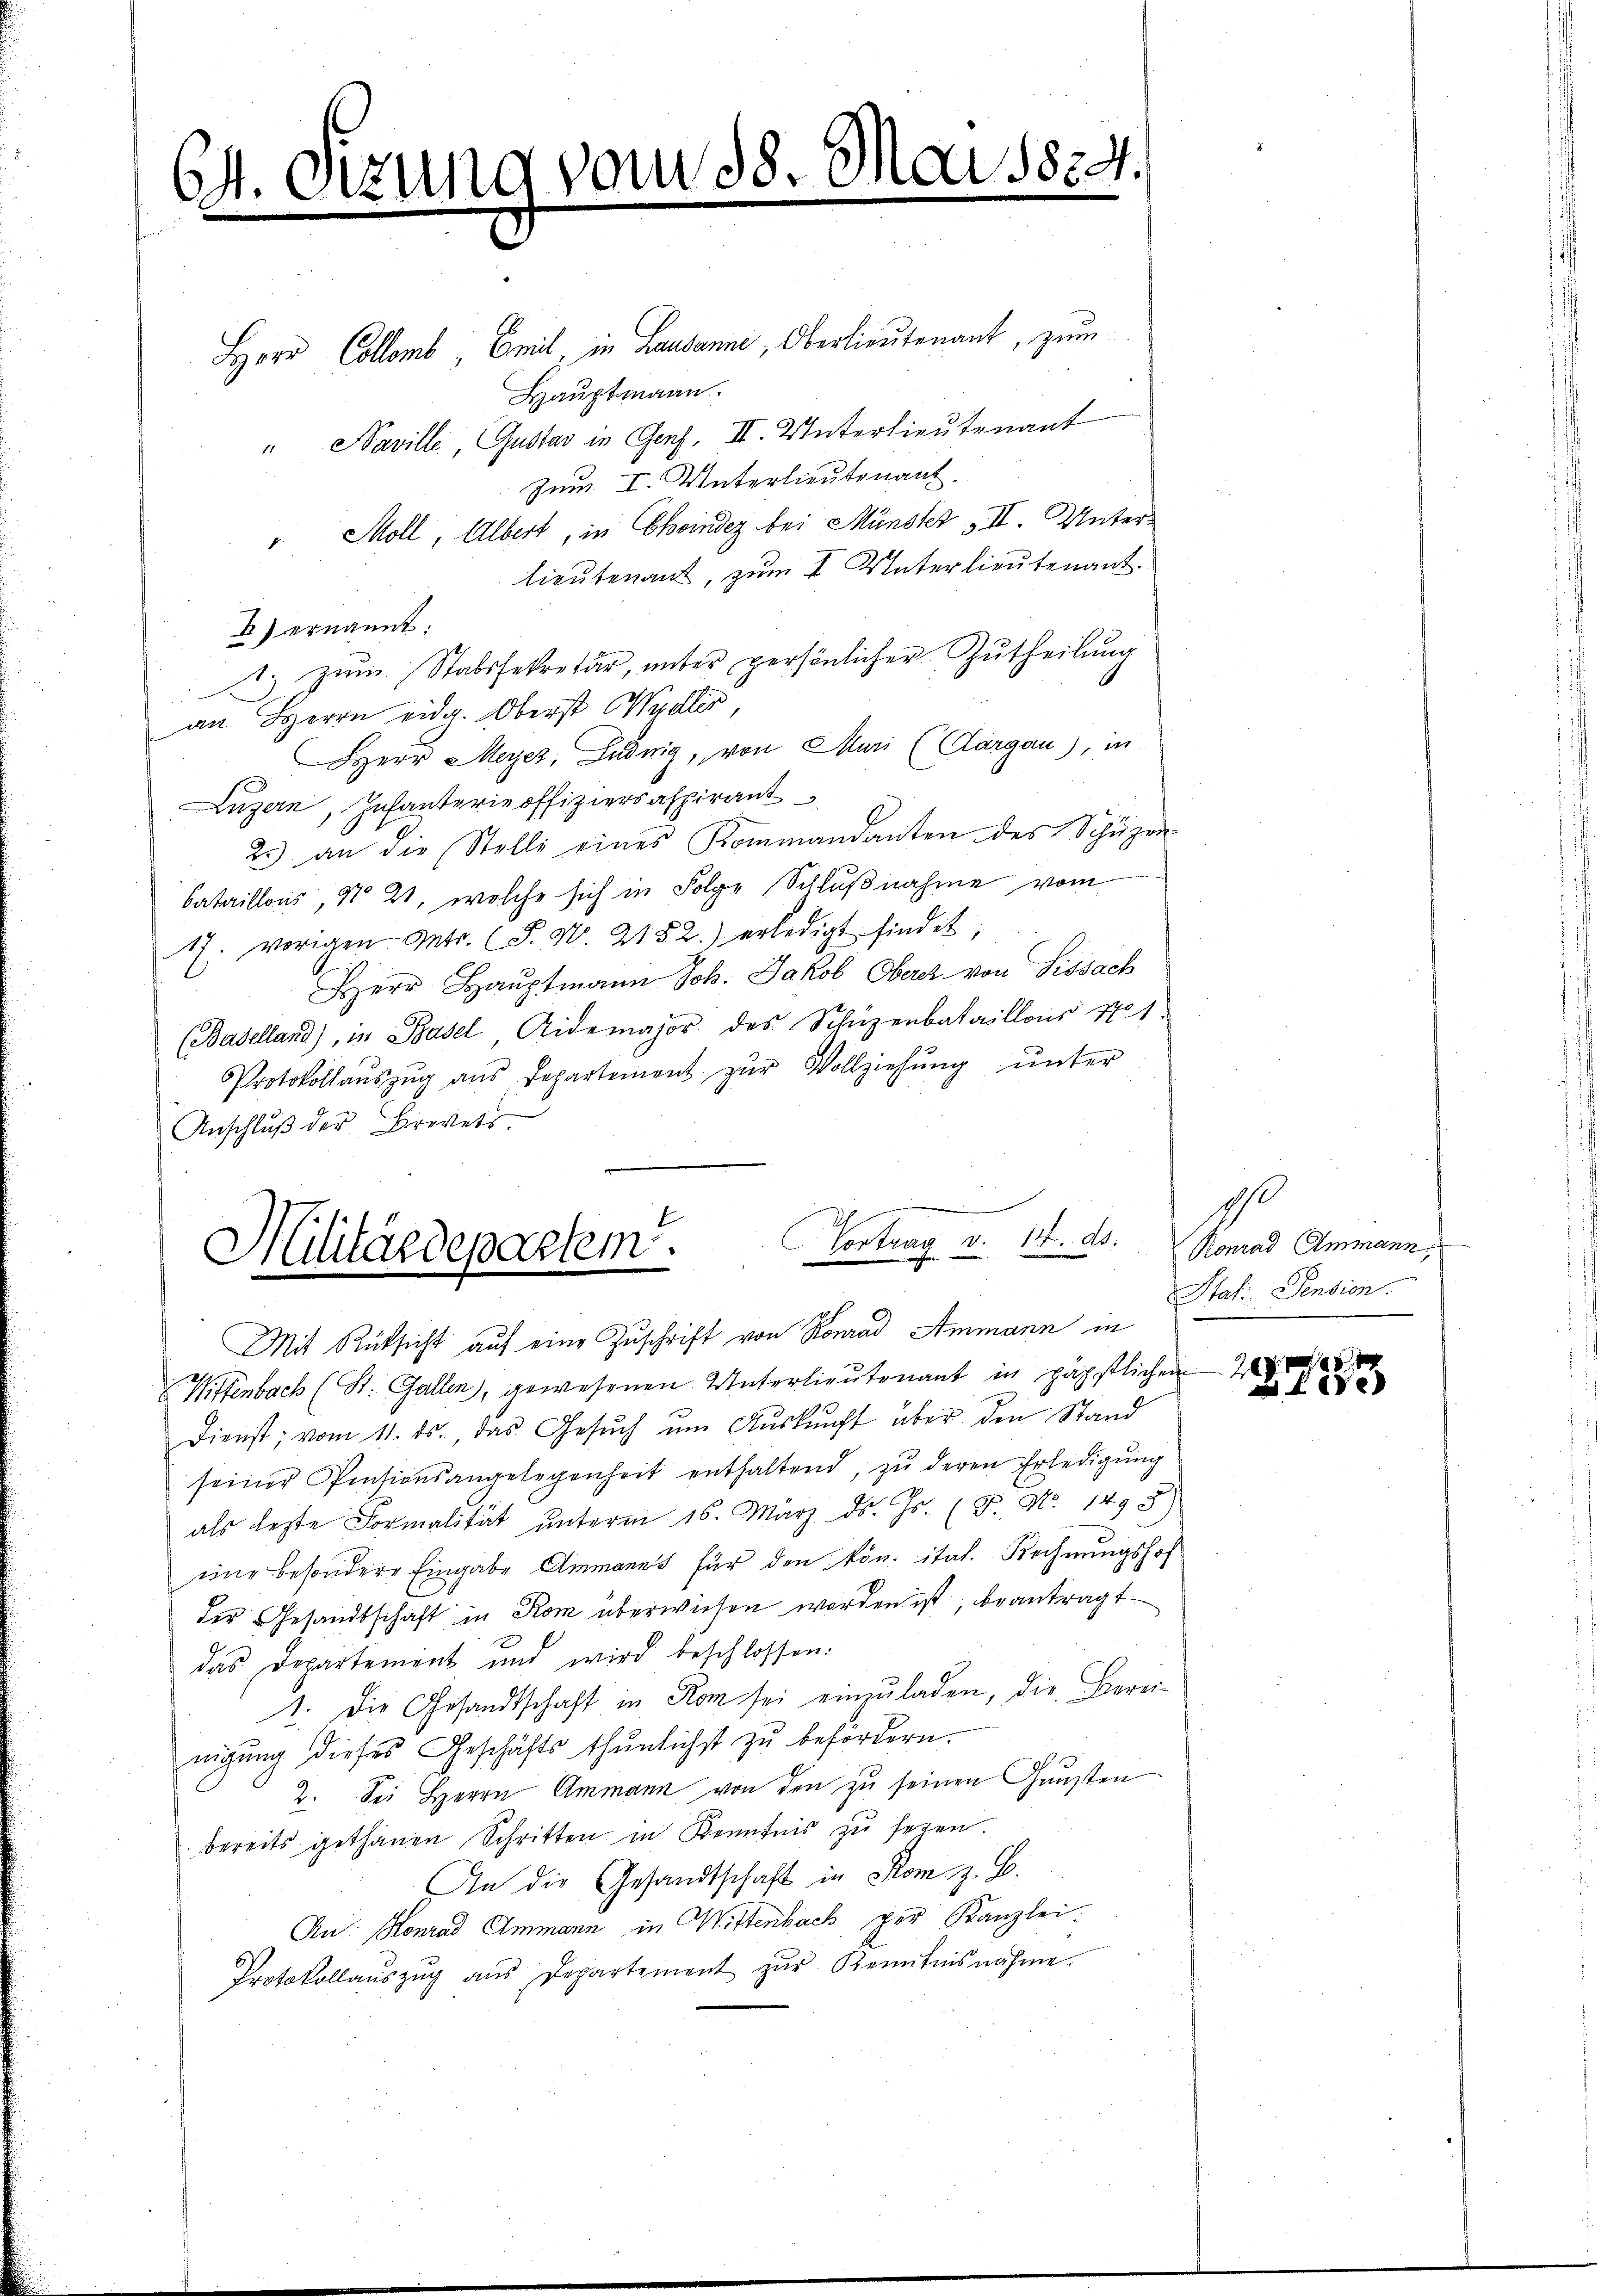
A. Sitzung vom 8.

Herr Collomb Emil, in Lausanne, Oberlieutenant, zum
Hauptmann.
" Naville, Gustav in Genf, II. Unterlieutenant
Jum. I. Unterlieutenant.
" Moll, Albert, in Choindez bei Münster III. Unterlieutenant, zum I Unterlieutenant.
2) ernannt:
1. zŭm Stabssekretär, ŭnter persönlicher Zutheilung
an Herrn eidg. Oberst Wydler
Herr Meyer, Ludwig, von Muri (Aargau), in
Luzern, Infanterie offiziersaspirant
25) an die Stelli eines Kommandanten des Schüzen-
bataillons, No 21, welche sich in Folge Schlußnahme vom
17. vorigen Antr. (T. No. 2152.) erledigt findet,
Herr Haŭptmann Joh. Jakob Oberer von Sissach
(Baselland), in Basel, Aidemajor des Schüzenbataillon 1701.
Protokollaŭszŭg ans Departement zŭr Vollziehŭng ŭnter
Anschluß der Brevets

Wittenbach (St. Gallen, gewesenen Unterlieutenant in päpstlichen
Dienst; vom 11. ds., das Gesuch um Auskunft aber den Stand
seiner Pensionsangelegenheit enthaltend, zŭ deren Erledigŭng
als lezte Formalität unterm 16. März d. Js. (T. No. 1493)
eine besondere Eingabe Ammanns für den kön. ital. Rechnungshof
der Gesandtschaft in Rom überwiesen worden ist, beantragt
das Departement und wird beschlossen:
1. Die Gesandtschaft in Rom sei einzuladen, die Bereinigung dieses Geschäfts thunlichst zu befördern.
2. Sei Herrn Ammann von den zu seinen Gunsten
bereits gethanen Schritten in Kenntnis zu seien.
An die Gesandtschaft in Rom z. B.
Au: Konrad Ammann in Mittenbach per Kanzlei.
Protokollaŭszŭg aŭs Departement zŭr Kenntnisnahme.

)

1824.

Vortrag v. 14. ds.
Militärdepartem
Mit Rüksicht auf eine Zuschrift von Konrad Ammann in

h
Konrad Ammann,
Stat. Pension.

0
e